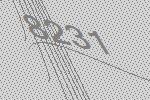
8231